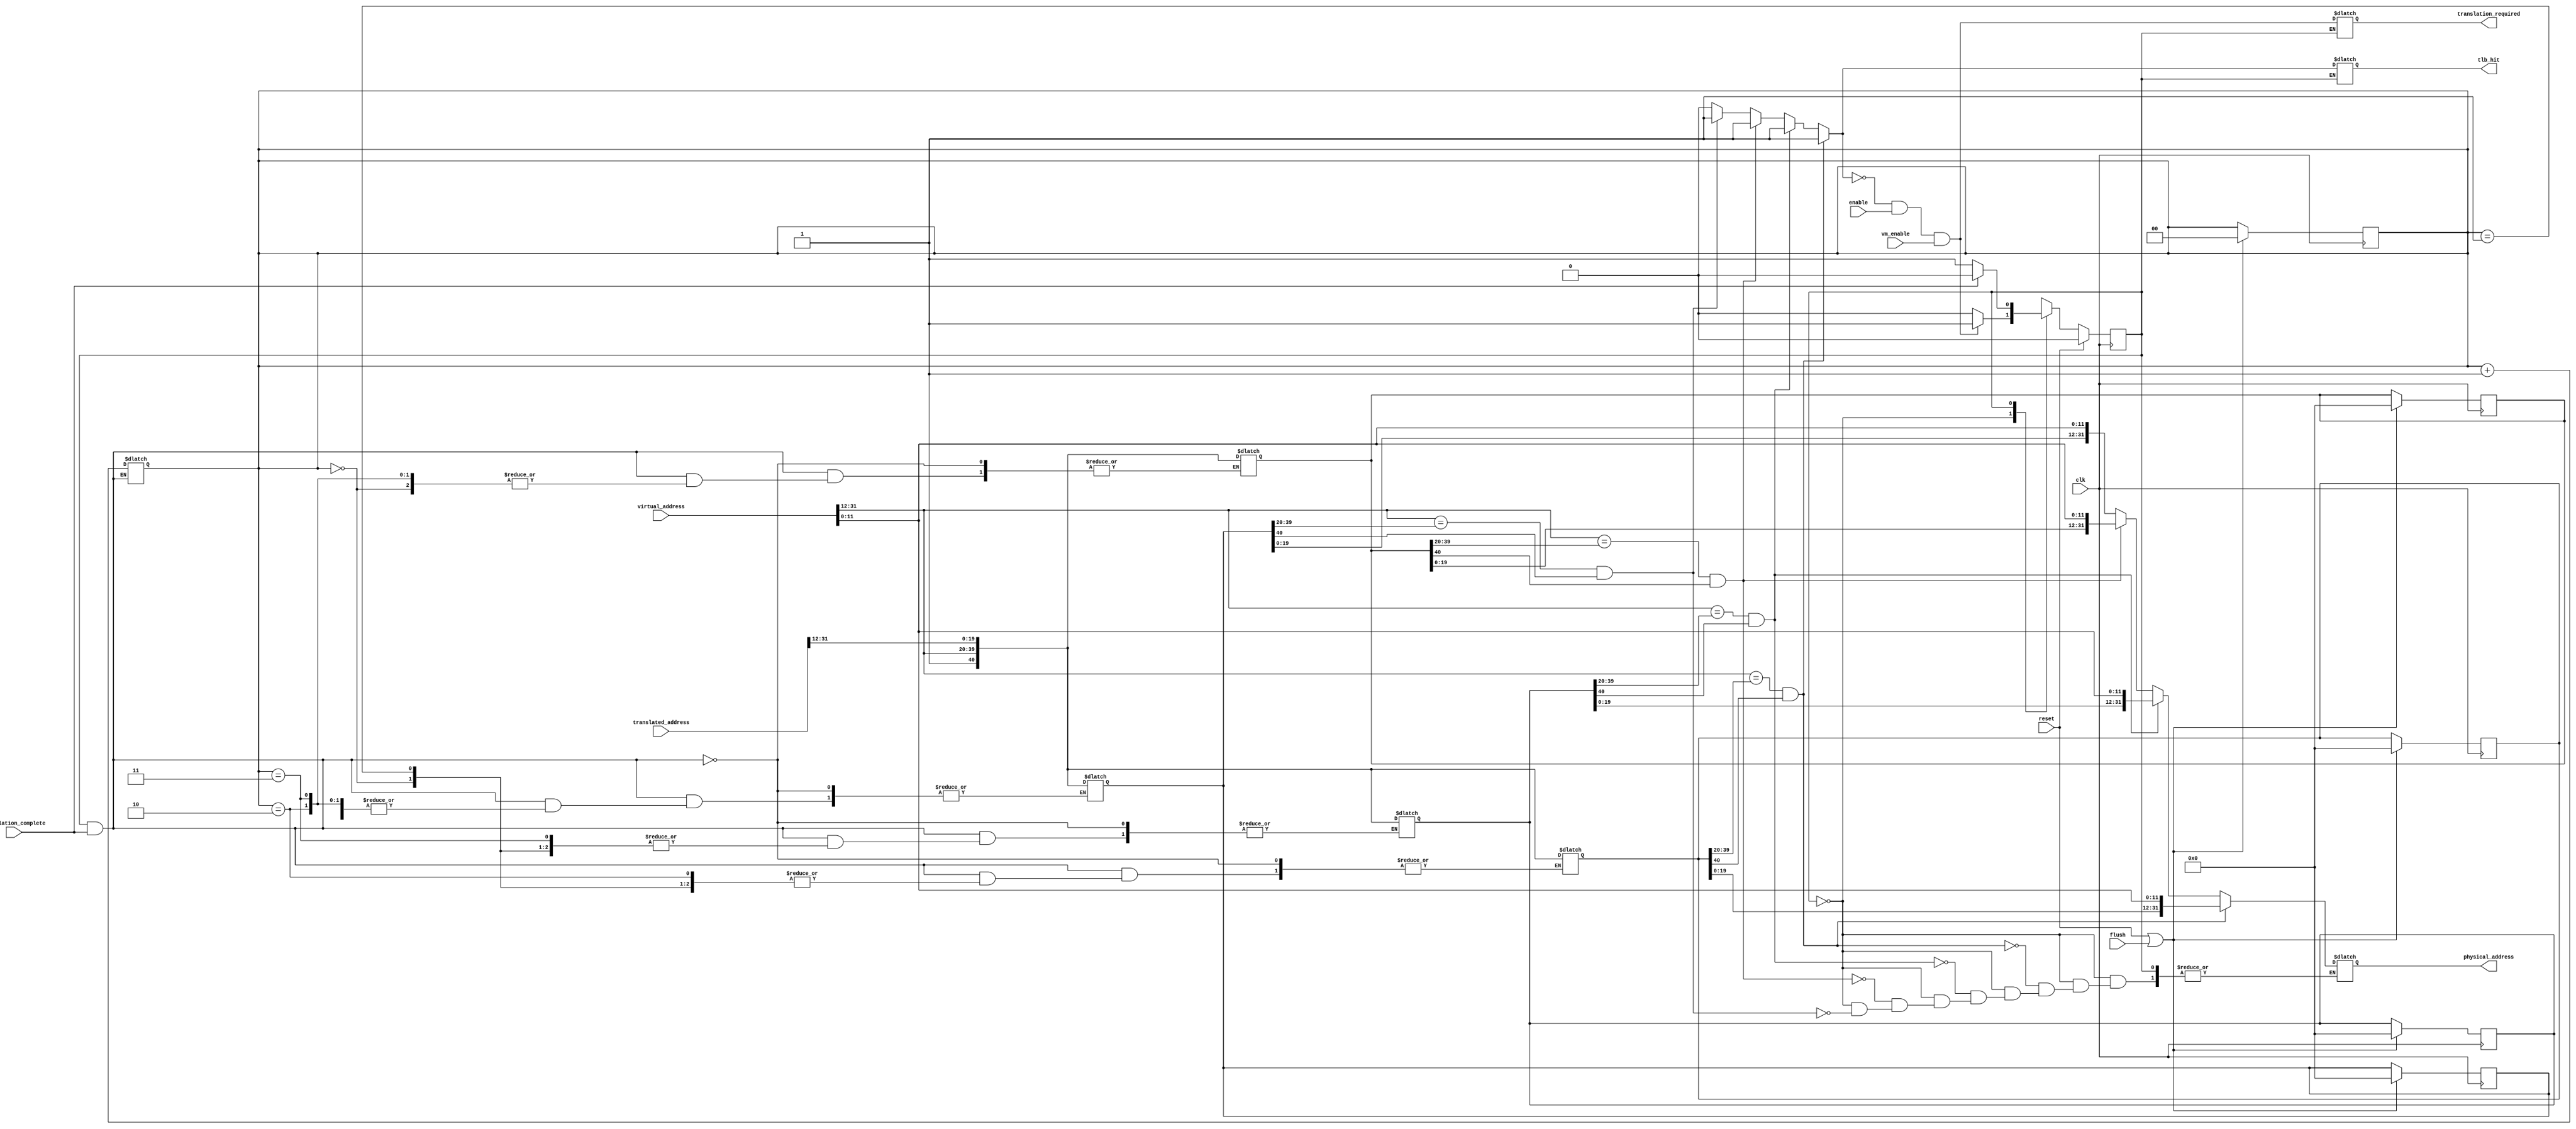
module tlb (
	input clk,
	input reset,
	input flush,

	input vm_enable,
	input enable,
	input [31:0] virtual_address,
	output reg [31:0] physical_address,

	output reg tlb_hit,
	output reg translation_required,
	input [31:0] translated_address,
	input translation_complete
);

	localparam TLB_ENTRIES = 4;

	reg [1:0] entry; /* Next one to replace */
	reg [40:0] tlb [TLB_ENTRIES-1:0];

	integer i, j;

	always @ (posedge clk) begin
		if (reset || flush) begin
			for (j = 0; j < TLB_ENTRIES; j = j + 1) begin
				tlb[j] = 41'b0;
			end
			entry = 0;
		end
	end

	localparam S_CHECK = 0;
	localparam S_WAIT  = 1;

	reg state;
	reg next_state;

	always @ (posedge clk) begin
		if (reset)
			state <= S_CHECK;
		else
			state <= next_state;
	end

	always @ (*) begin
		case (state)
			S_CHECK: begin
				tlb_hit = 0;
				/* Check each TLB entry for a match */
				for (i = 0; i < TLB_ENTRIES; i = i + 1) begin
					if (virtual_address[31:12] == tlb[i][39:20] && tlb[i][40]) begin
						physical_address = {tlb[i][19:0], virtual_address[11:0]};
						tlb_hit = 1;
					end
				end

				translation_required = !tlb_hit && enable && vm_enable;
				next_state = !translation_required ? S_CHECK : S_WAIT;
			end

			S_WAIT:
				next_state = translation_complete ? S_CHECK : S_WAIT;

			default:
				next_state = S_CHECK;
		endcase
	end

	always @ (*) begin
		if (state == S_WAIT && translation_complete) begin
			tlb[entry] = {1'b1, virtual_address[31:12], translated_address[31:12]};
			entry = entry + 1;
		end
	end

endmodule